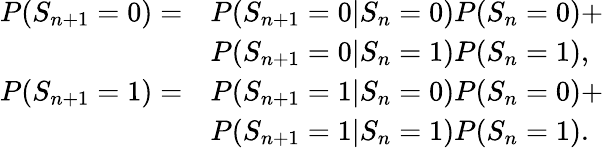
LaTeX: \begin{array}{rl}{P(S_{n+1}=0)=}&{P(S_{n+1}=0|S_{n}=0)P(S_{n}=0)+}\\ &{P(S_{n+1}=0|S_{n}=1)P(S_{n}=1),}\\ {P(S_{n+1}=1)=}&{P(S_{n+1}=1|S_{n}=0)P(S_{n}=0)+}\\ &{P(S_{n+1}=1|S_{n}=1)P(S_{n}=1).}\end{array}